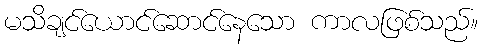
မသိချင်ယောင်ဆောင်နေသော ကာလဖြစ်သည်။